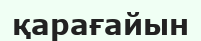
қарағайын